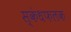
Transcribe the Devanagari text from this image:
स्कंधफलक